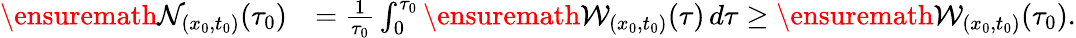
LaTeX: \begin{array}{rl}{\ensuremath{\mathcal{N}}_{(x_{0},t_{0})}(\tau_{0})}&{=\frac{1}{\tau_{0}}\int_{0}^{\tau_{0}}\ensuremath{\mathcal{W}}_{(x_{0},t_{0})}(\tau)\, d\tau\ge\ensuremath{\mathcal{W}}_{(x_{0},t_{0})}(\tau_{0}).}\end{array}